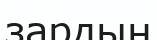
зардың